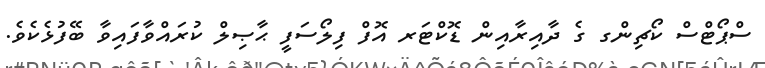
ސްޕޯޓްސް ކޯޗިންގ ގެ ދާއިރާއިން ޑޮކްޓަރ އޮފް ފިލޯސަފީ ޙާޞިލް ކުރައްވާފައިވާ ބޭފުޅެކެވެ.